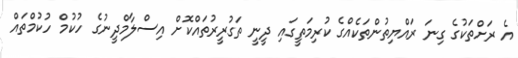
އެ ރަށްތަކުގެ ގިނަ ރައްޔިތުންތަކެއްގެ ކުރިމަތީގައި ދީނީ ތަގުރީރުތައްކޮށް އިސްލާމްދީނުގެ ހުކުމް ހުކުމްތައް